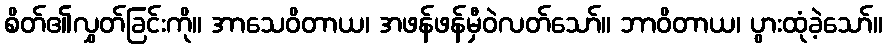
စိတ်၏လွှတ်ခြင်းကို။ အာသေဝိတာယ၊ အဖန်ဖန်မှီဝဲလတ်သော်။ ဘာဝိတာယ၊ ပွားထုံခဲ့သော်။